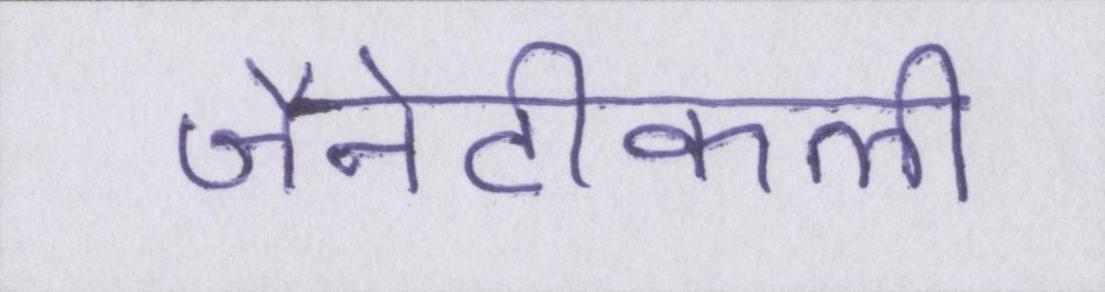
जैनेटीकली